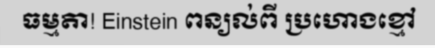
ធម្មតា! Einstein ពន្យល់ពី ប្រហោងខ្មៅ